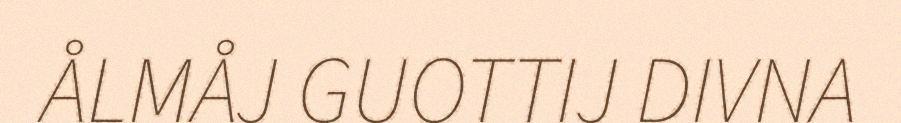
ÅLMÅJ GUOTTIJ DIVNA